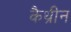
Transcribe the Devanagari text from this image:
कैथ्रीन